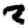
Digit: 2